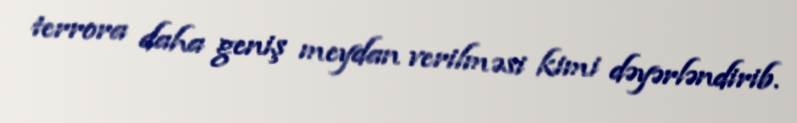
terrora daha geniş meydan verilməsi kimi dəyərləndirib.